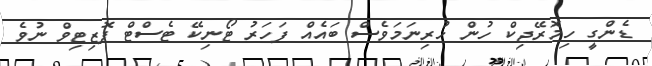
ޑެންގީ ހިމޮރޭޖިކް ހުން ހުރިނަމަވެސް ބައެއް ފަހަރު ޓޯނިކޭ ޓެސްޓް ޕޮޒިޓިވް ނުވެ